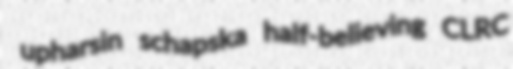
upharsin schapska half-believing CLRC